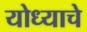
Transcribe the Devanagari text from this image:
योध्याचे